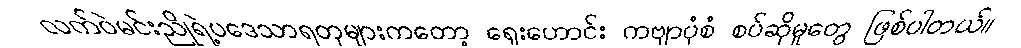
လက်ဝဲမင်းညိုရဲ့ပဒေသာရတုများကတော့ ရှေးဟောင်း ကဗျာပုံစံ စပ်ဆိုမှုတွေ ဖြစ်ပါတယ်။